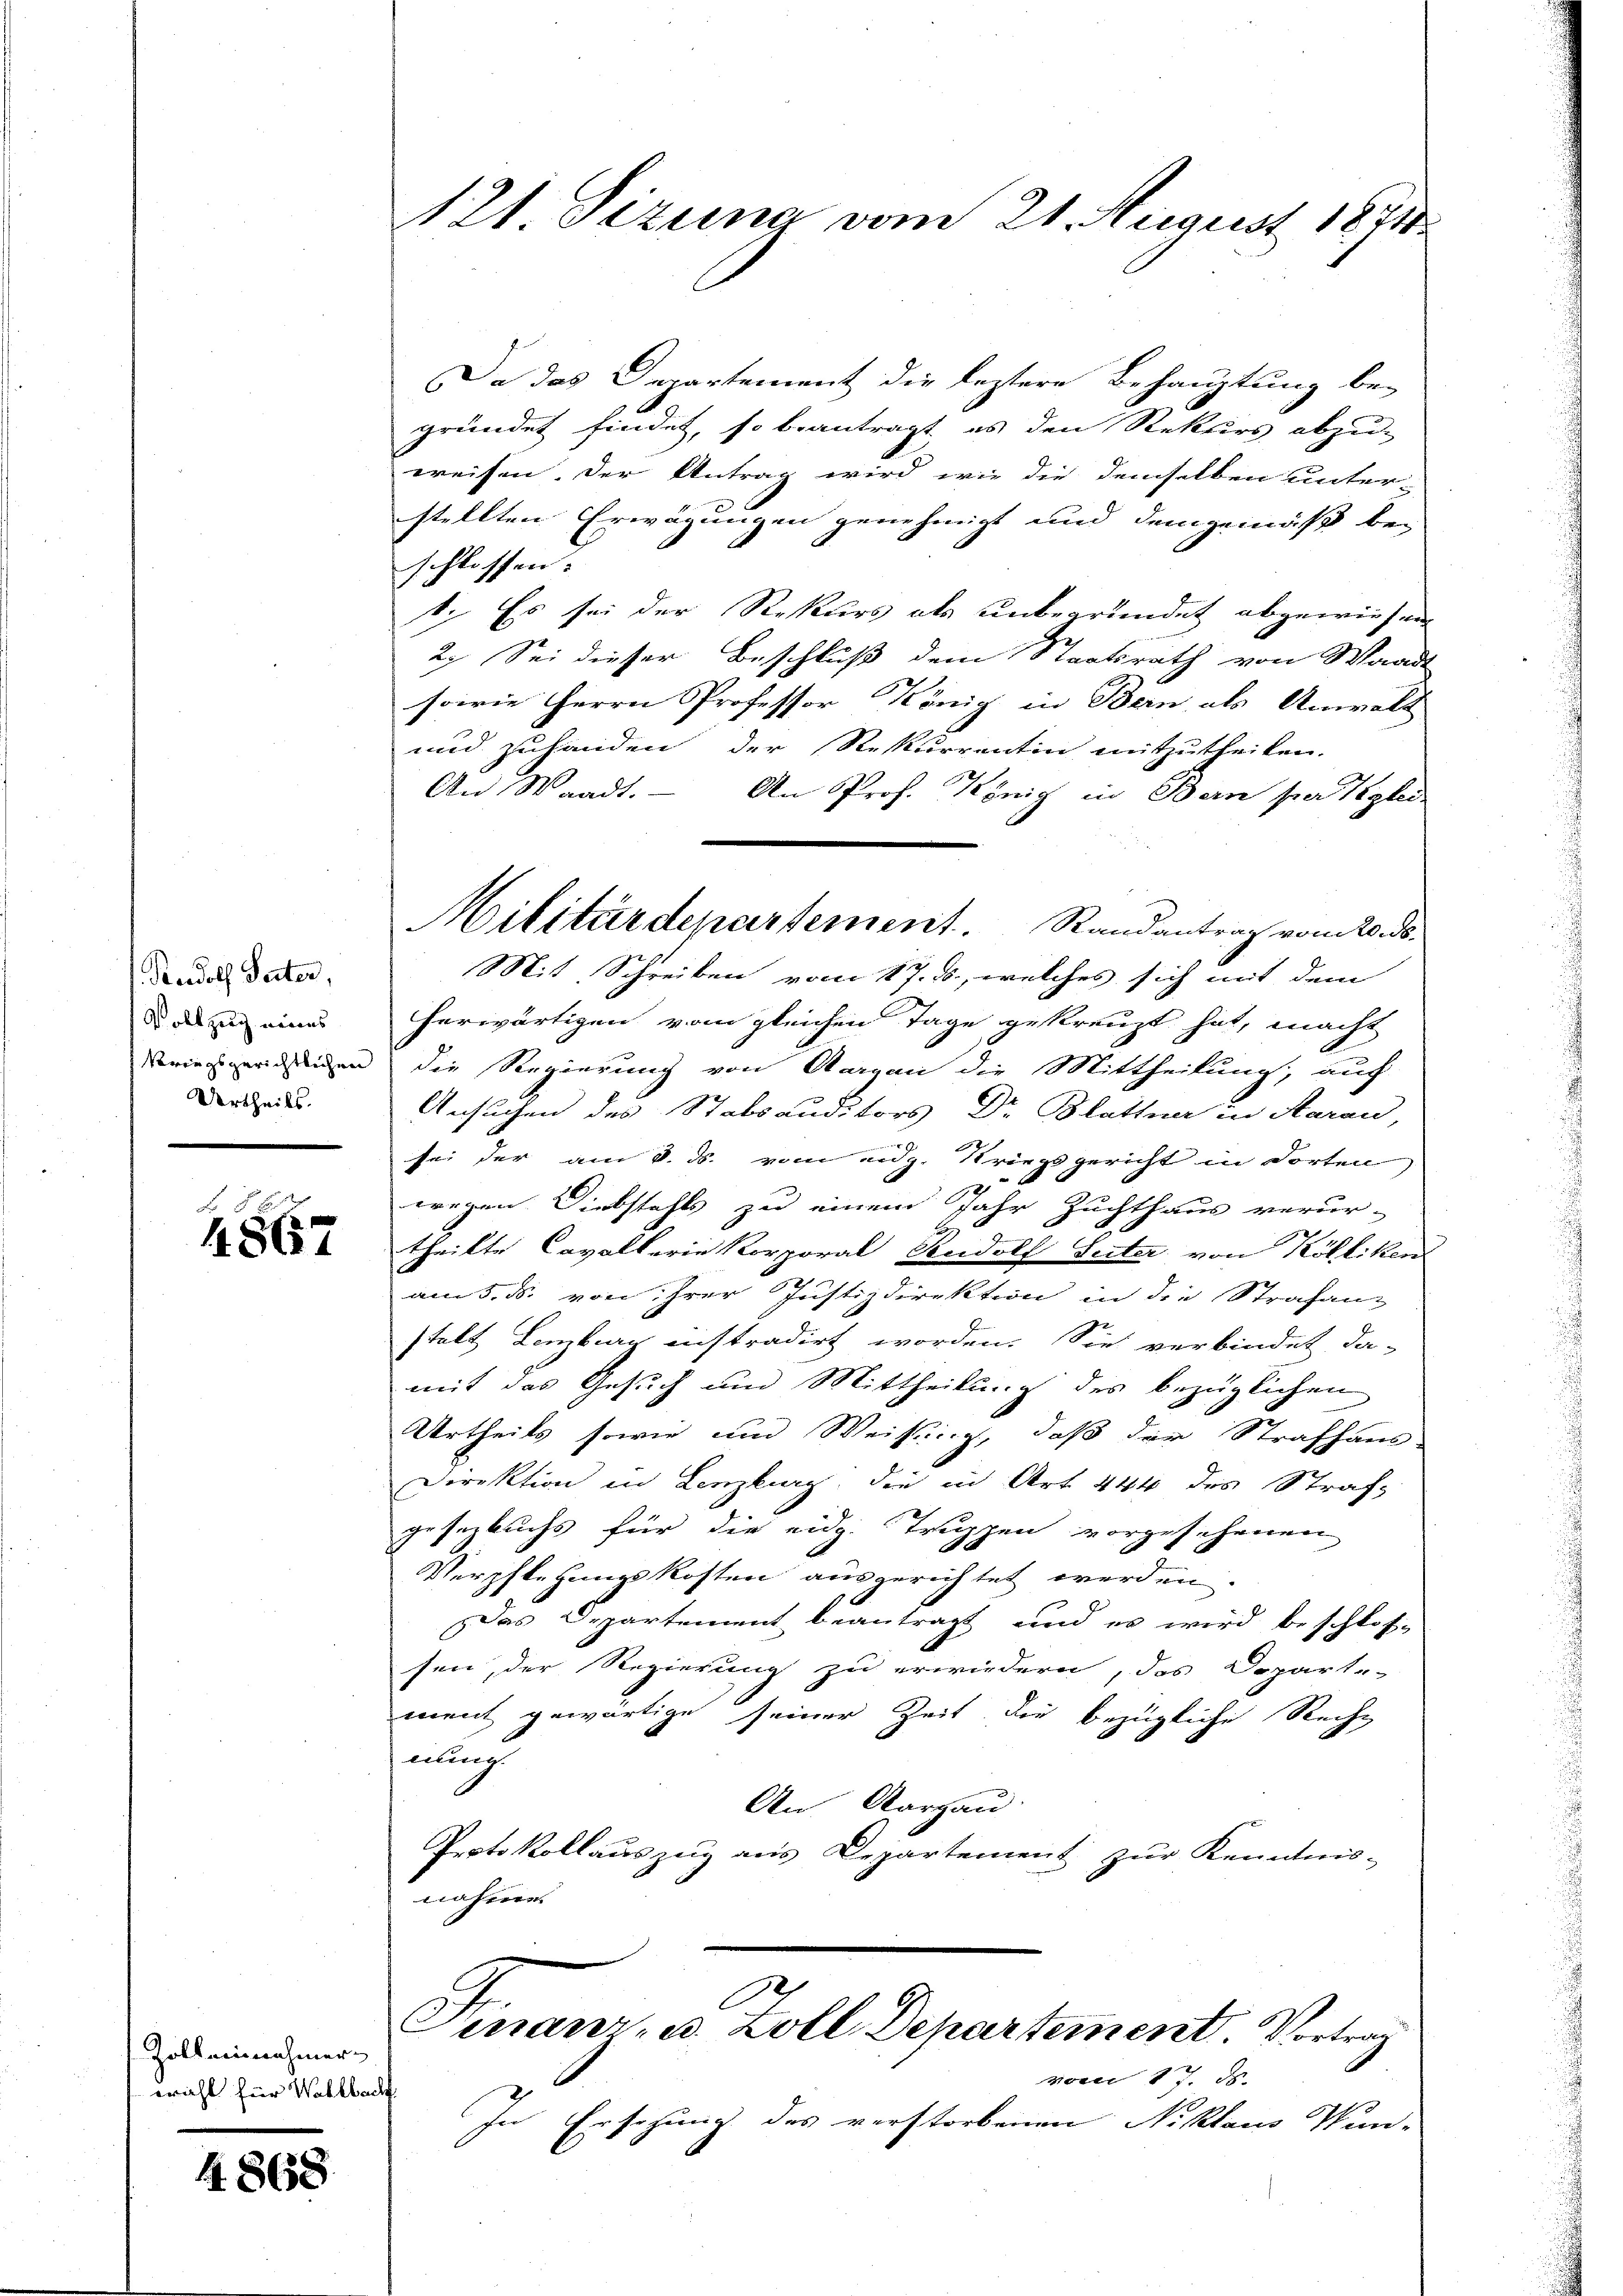
Radolf Peter,
Vollzug eines
kriegsgerichtlichen
Vertheils.

e
4861

Zoll einnahmer
wahl für Wahlbach

48658

121 Tizung vom 21. August 1871

Da das Departement die leztere Behauptung be-
gründet findet, so beantragt es den Rektors abzu-
weisen. Der Untrag wird wie die demselben unter-
stellten Erwägungen genehmigt und demgemäß bei
schlossen:
t. Es sei der Rekurs als unbegründet abgewiesen
2. Sei dieser Beschluß dem Staatsrath von Waadt
sowie Herrn Professor König in Bern, als Anwalt
und zuhanden der Rekurrentin mitzutheilen.
An Waadt. - An Prof. König in Bern par Reglei
Mit Schreiben vom 17. ds., welches sich mit dem
herwärtigen vom gleichen Tage gekreuzt hat, macht
die Regierung von Aargau die Mittheilung, auf
Ansuchen des Stabsauditors Dr Blattner in Saran,
sei der am 8. ds. vom eidg. Kriegsgericht in dorten
wegen. Diebstahls zu einem Jahr Zuchthaus verur-
theilte Cavallerie Korporal Rudolf Seiter von Kölliken
am 5. ds. von ihrer Justizdirektion in die Strafanz
stalt Lenzburg instradirt worden. Sie verbindet, da-
mit das Gesuch und Mittheilung des bezüglichen
Urtheils sowie und Weisung, daß der Strafhaus-
Direktion in Lenzburg, die in Art. 444 des Straf-
gesetzbuchs für die eidg. Truppen vorgesehenen
Verpflegungskosten ausgerichtet werden.
Das Departement beantragt, und es wird beschlos-
sen, der Regierung zu erwiedern, das Doparte
ment gewärtige seiner Zeit, die bezügliche Recht
nlung
An Aargau.
eptokollauszug aus Departement zur Kenntnis-
nahme.

Militärdepartement. Randantrag vom Ronds.

C
Finanz- u. Zoll Departement. Vortrag
vom 17. ds.

In Ersezung des verstorbenen Niklaus Wun-